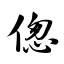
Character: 偬